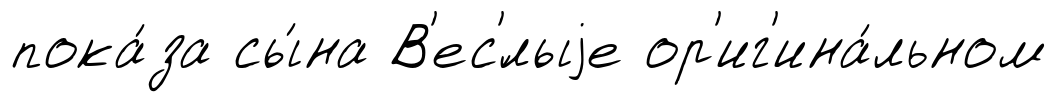
пока́за сы́на В'ес'́лыjе ор'иг'ина́льном